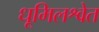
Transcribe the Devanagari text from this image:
धूमिलश्वेत